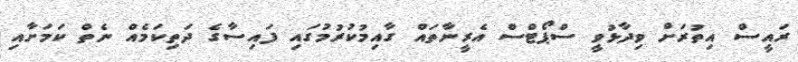
ރައީސް އިތުރަށް ވިދާޅުވީ ސްޕޯޓްސް އެރީނާތައް ގާއިމުކުރުމުގައި ފައިސާގެ ދަތިކަމެއް ނެތް ކަމަށާއި